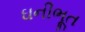
ઘનીભૂત